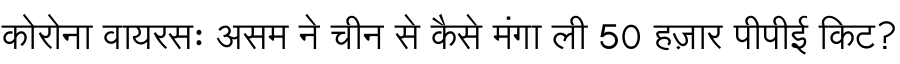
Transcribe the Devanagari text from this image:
कोरोना वायरसः असम ने चीन से कैसे मंगा ली 50 हज़ार पीपीई किट?